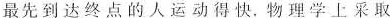
最先到达终点的人运动得快.物理学上采取